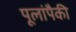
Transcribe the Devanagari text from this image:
पूलांपैकी